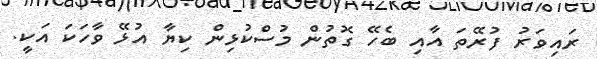
ރައިވަރު ފުރޭތަ އާއި ބެހޭ ގޮތުން މުސްކުޅިން ކިޔާ އުޅޭ ވާހަކަ އަކީ.